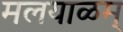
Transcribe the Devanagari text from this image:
मलयाळम्‌